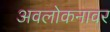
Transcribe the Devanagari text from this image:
अवलोकनावर